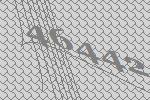
46442